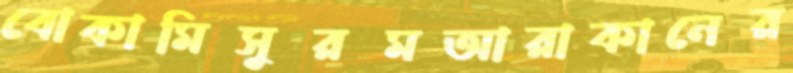
বোকামিসুরমআরাকানের